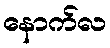
နောက်လ